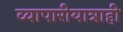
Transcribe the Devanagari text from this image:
व्यापारीयात्राही